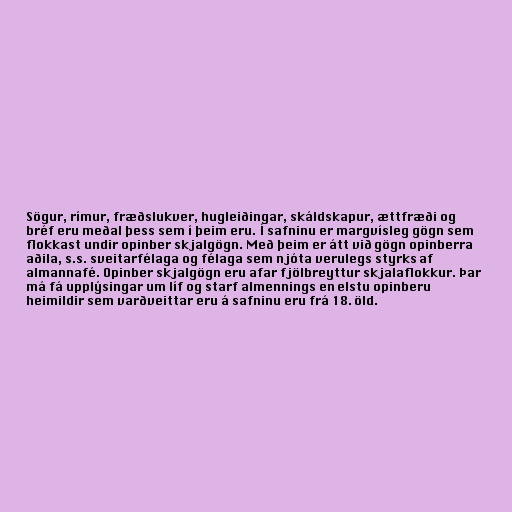
Sögur, rímur, fræðslukver, hugleiðingar, skáldskapur, ættfræði og
bréf eru meðal þess sem í þeim eru. Í safninu er margvísleg gögn sem
flokkast undir opinber skjalgögn. Með þeim er átt við gögn opinberra
aðila, s.s. sveitarfélaga og félaga sem njóta verulegs styrks af
almannafé. Opinber skjalgögn eru afar fjölbreyttur skjalaflokkur. Þar
má fá upplýsingar um líf og starf almennings en elstu opinberu
heimildir sem varðveittar eru á safninu eru frá 18. öld.